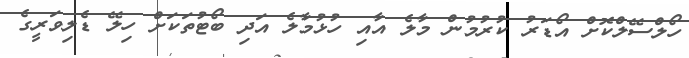
ހޯލްސޭލްކޮށް އޯޑަރު ކުރުމުން މާލެ އާއި ހުޅުމާލެ އަދި ބޯޓުތަކަށް ހިލޭ ޑެލިވަރީގެ